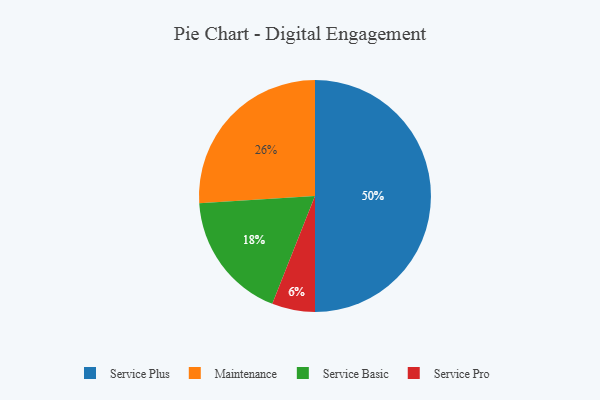
{"axis": {"x": "Category", "y": "Percentage"}, "legend": ["Maintenance", "Service Basic", "Service Plus", "Service Pro"], "data": [{"x": "Service Plus", "y": 50, "type": "Service Plus"}, {"x": "Service Basic", "y": 18, "type": "Service Basic"}, {"x": "Maintenance", "y": 26, "type": "Maintenance"}, {"x": "Service Pro", "y": 6, "type": "Service Pro"}]}